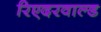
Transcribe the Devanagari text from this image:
रिएदरवाल्ड